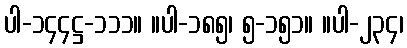
ပါ-၁၄၄ဋ္ဌ-၁၁၁။ ။ပါ-၁၈၅၊ ၅-၁၅၁။ ။ပါ-၂၃၄၊